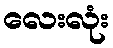
လေးလုံး